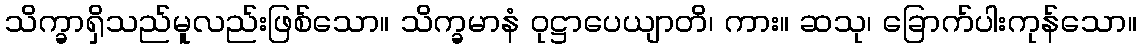
သိက္ခာရှိသည်မူလည်းဖြစ်သော။ သိက္ခမာနံ ဝုဋ္ဌာပေယျာတိ၊ ကား။ ဆသု၊ ခြောက်ပါးကုန်သော။